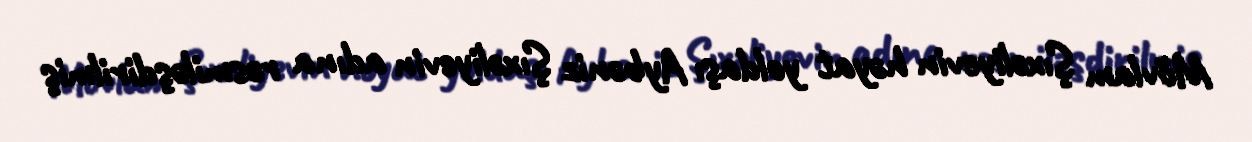
Mövlam Şıxəliyevin həyat yoldaşı Aybəniz Şıxəliyevin adına rəsmiləşdirilmiş